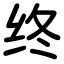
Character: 终